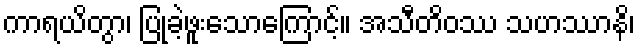
ကာရယိတွာ၊ ပြုခဲ့ဖူးသောကြောင့်။ အသီတိဝဿ သဟဿာနိ၊